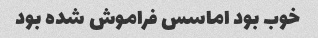
خوب بود اماسس فراموش شده بود